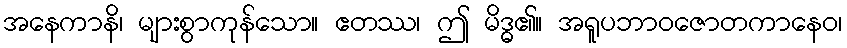
အနေကာနိ၊ များစွာကုန်သော။ ဧတဿ၊ ဤ မိဒ္ဓ၏။ အရူပဘာဝဇောတကာနေဝ၊